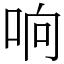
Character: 响